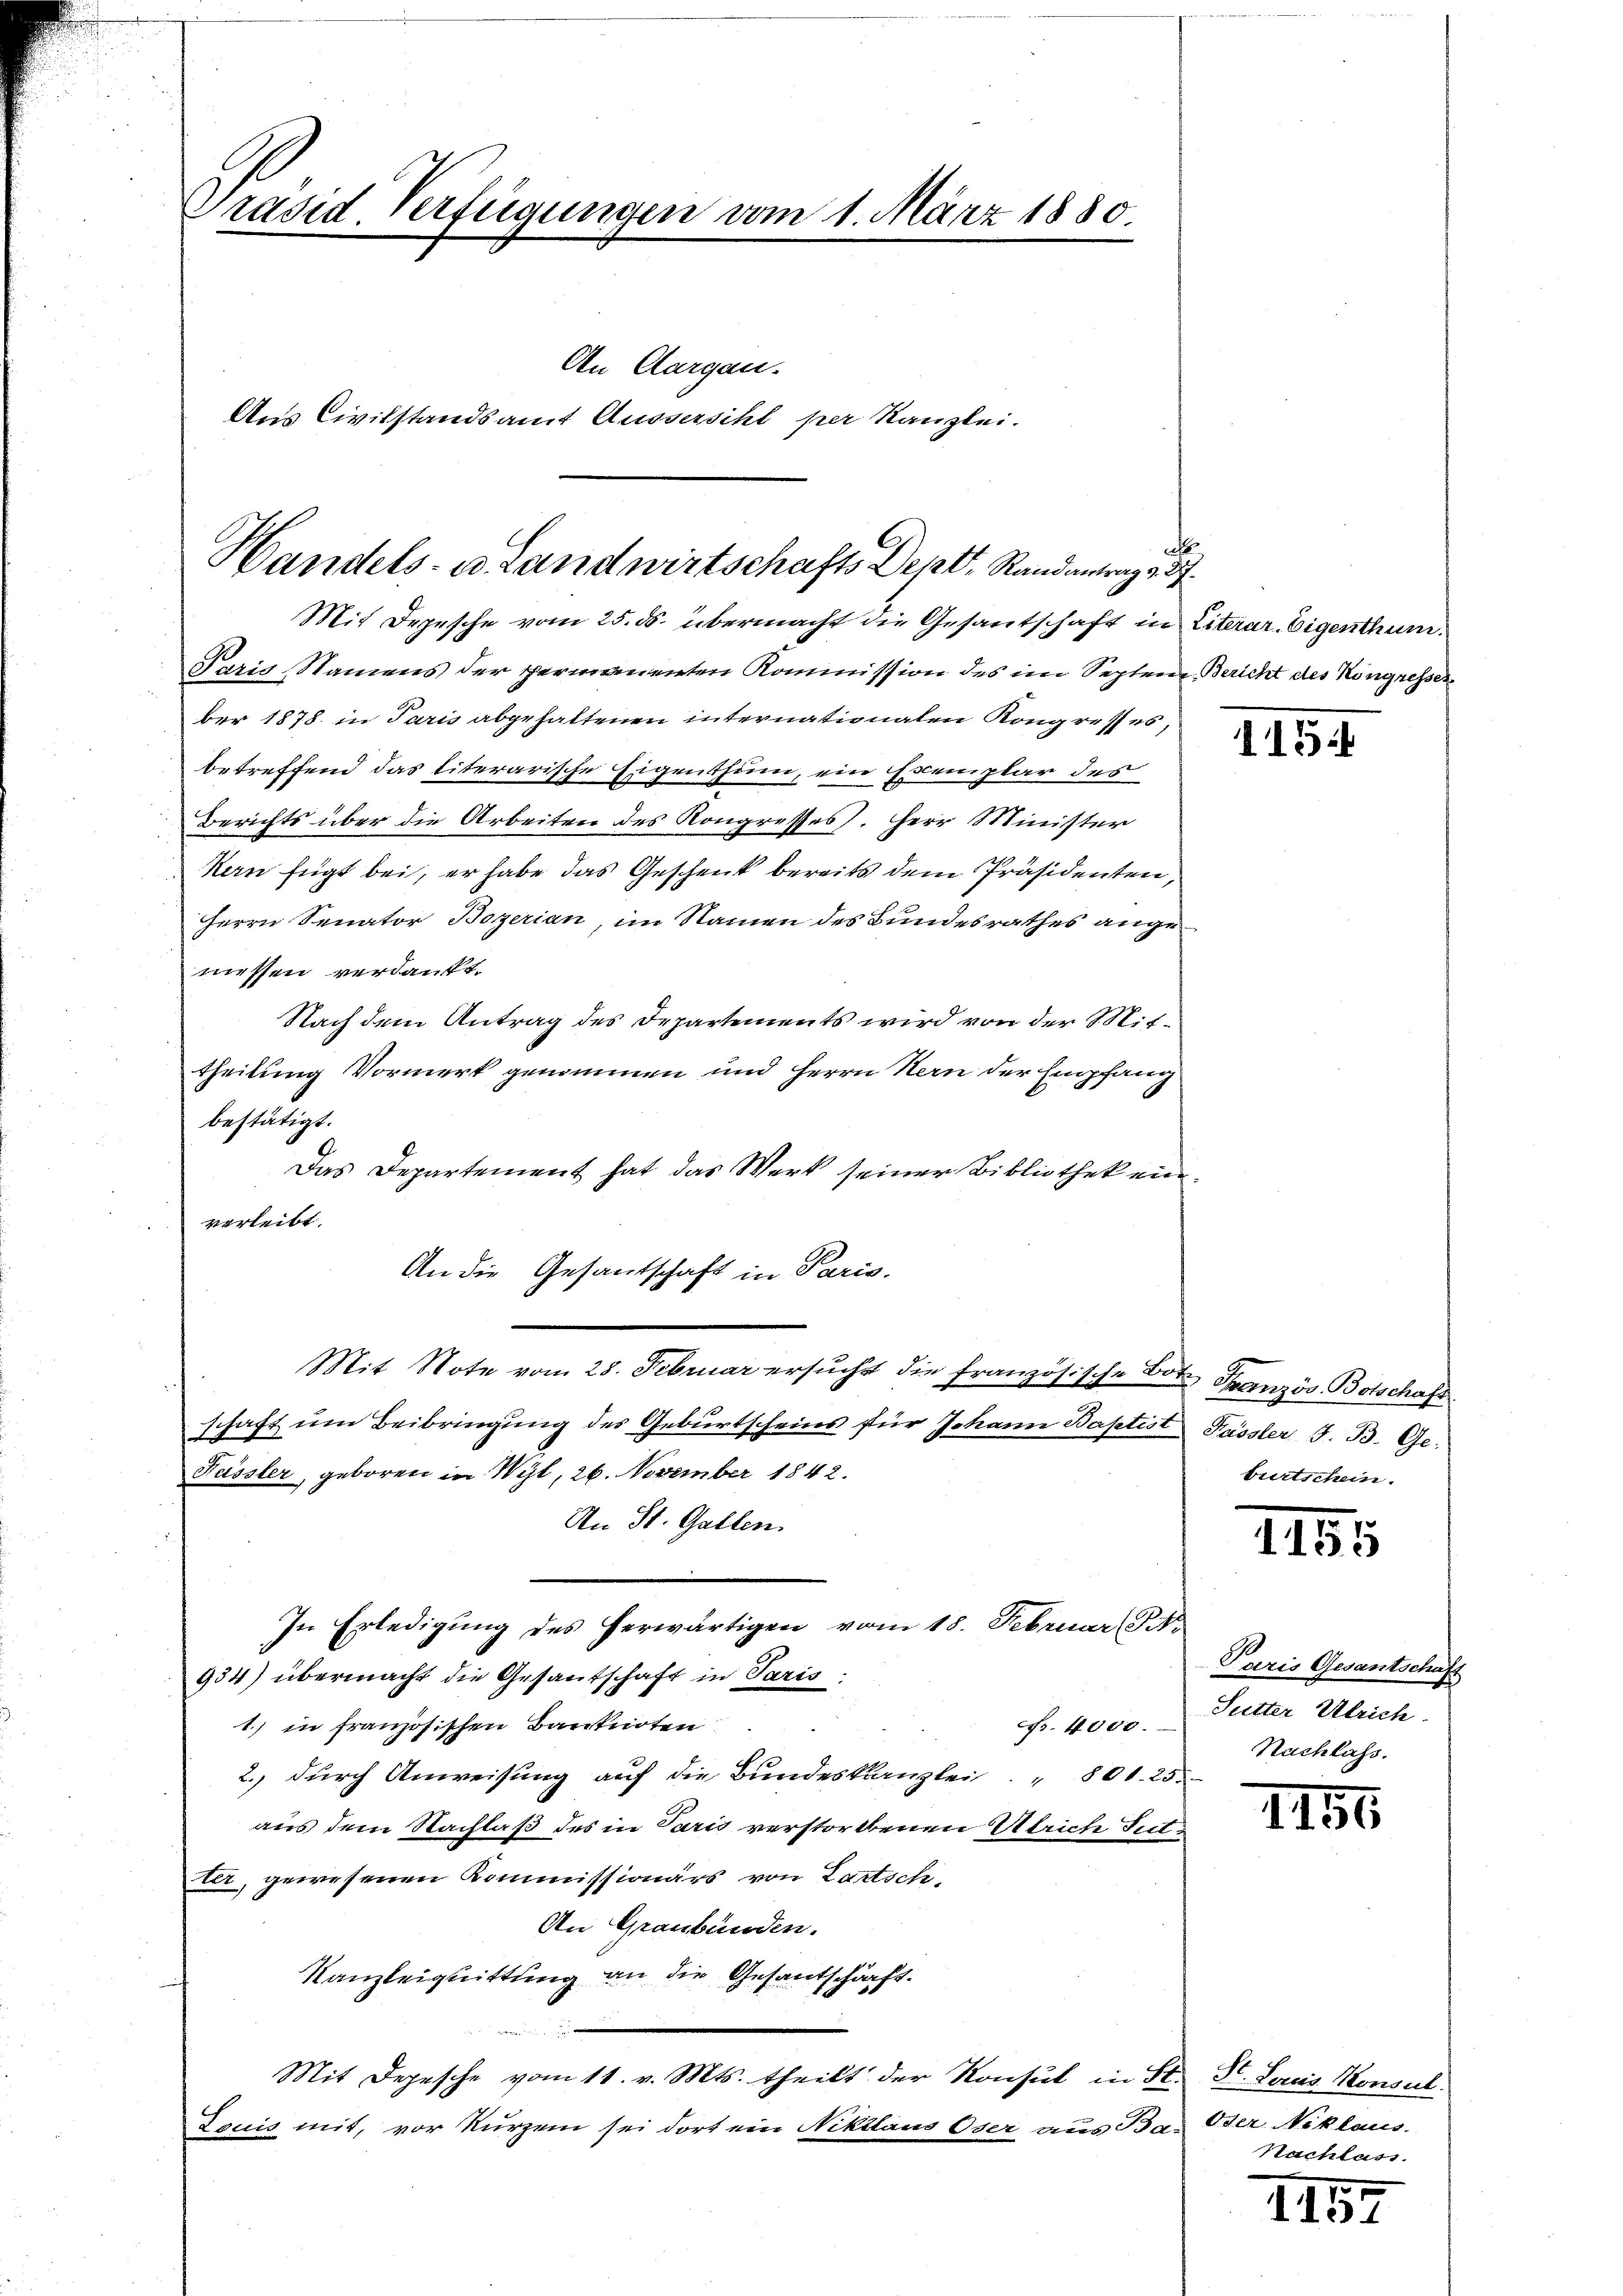
Präsid. Verfügungen vom 1. März 1880.

An Aargau.
Aus Civilstandsamt Am
gersch
. per Kanzlei.

a
Handels- u. Landwirtschafts Denk. Randantrag 237.

Paris, Namens der permanenten Kommission des im Septen, Bericht des Kongresser
ber 1878 in Paris abgehaltenen internationalen Kongresses,
betreffend das literarische Eigenthum, ein Exemplar des
Berichts über die Arbeiten des Kongresses. Herr Minister
kern fügt bei, er habe das Geschenk bereits dem Präsidenten,
Herrn Senator Bozerian, im Namen des Bundesrathes angemessen verdankt.
Nach dem Antrag des Departements wird von der Mittheilung Vormerk genommen und Herrn Nern der Empfang
bestätigt.
Das Departement hat das Werk seiner Bibliothek einverleibt.
Mit Note vom 25. Februar ersucht die französische Bote Französ. Botschaft
schaft ŭm Beibringung des Geburtscheins für Johann Baptist Fassler J. B. Ge-
Füssler, geboren in Wyl, 26. November 1842.
An St. Gallen.
In Erledigung des herwärtigen vom 18. Februar (S.
934) übermacht die Gesantschaft in Paris
1.) in französischen Banknoten
Nr. 4000.
2., durch Anweisung auf die Bundeskanzlei " 801. 25.
aus dem Nachlaß des in Paris verstorbenen Ulrich Tutter, gewesenen Kommissionärs von Lartsch¬
An Graubünden.
Kanzleiguittung an die Gesantschaft.
Mit Depesche vom 11. v. Mts. theilt der Konsul in St. St. Lores Konsul
Tauis mit, vor kurzem sei dort ein Niklaus Oser aus Bar Oser Niklaus

An die Gesantschaft in Paris.

Mit Depesche vom 25. ds. übermacht die Gesantschaft in Literar. Eigenthum.

15

burtschein.

1155

Paris Gesantschaft
Sutter Ulrich.
Nachlass.

1156.

Nachlass.

70.
1137